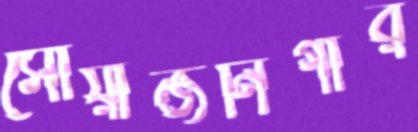
সোয়ার্জনিগার